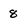
Character: 8